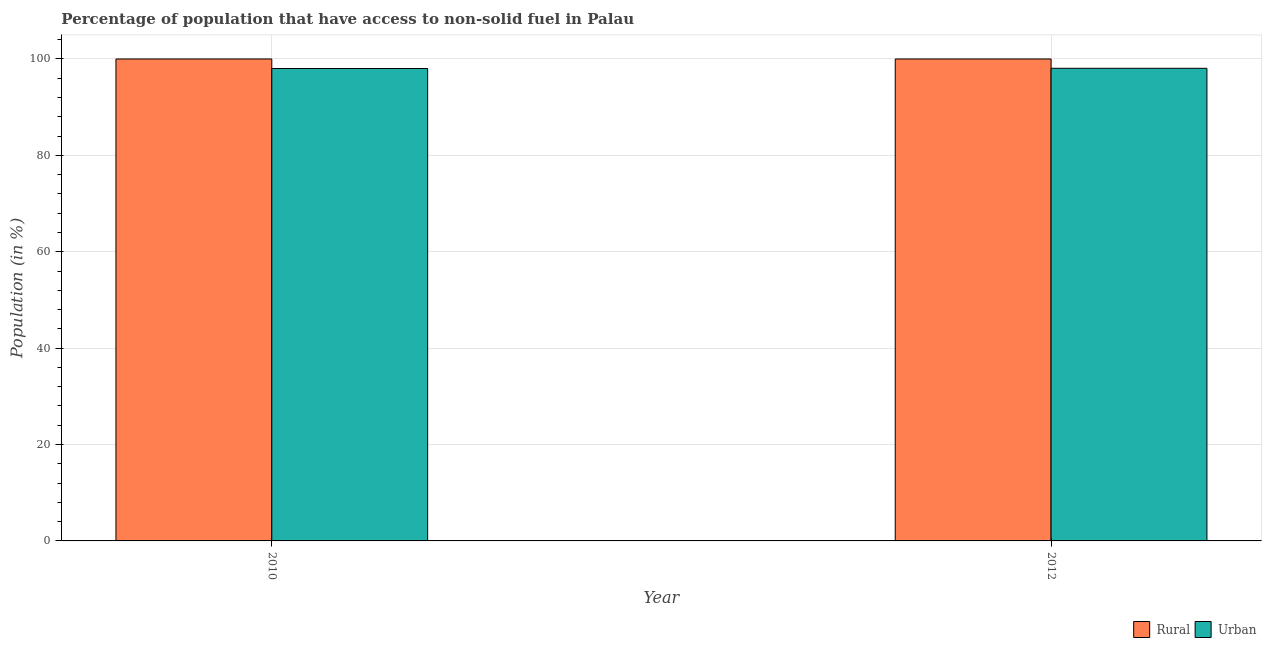
| Year | Rural | Urban |
 | --- | --- | --- |
 | 2010 | 100 | 98 |
 | 2012 | 100 | 98.1 |